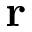
{ \bf r }